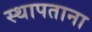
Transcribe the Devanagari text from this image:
स्थापताना